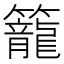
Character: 籠